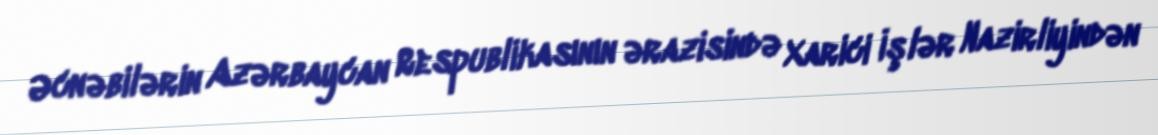
Əcnəbilərin Azərbaycan Respublikasının ərazisində Xarici İşlər Nazirliyindən